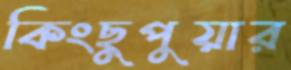
কিংছুপুয়ার